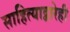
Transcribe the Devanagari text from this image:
साहित्याद्वारेही